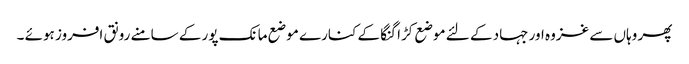
پھر وہاں سے غزوہ اور جہاد کے لئے موضع کڑا گنگا کے کنارے موضع مانک پور کے سامنے رونق افروز ہوئے ۔